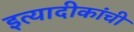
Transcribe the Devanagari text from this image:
इत्यादीकांची